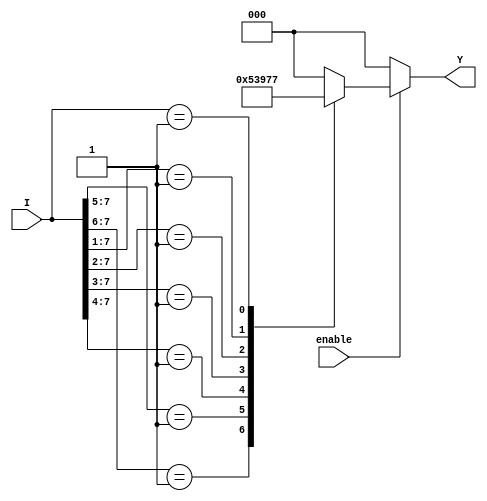
module encoder_8to3 (
    input wire [7:0] I,      // 8 input lines
    input wire enable,       // Enable signal
    output reg [2:0] Y      // 3-bit output
);
    
    always @* begin
        if (!enable) begin
            Y = 3'b000;      // If not enabled, output is 000
        end else begin
            casez (I)        // Casez allows for high impedance (Z) handling if necessary
                8'b1??????? : Y = 3'b000; // I[0]
                8'b01?????? : Y = 3'b001; // I[1]
                8'b001????? : Y = 3'b010; // I[2]
                8'b0001???? : Y = 3'b011; // I[3]
                8'b00001??? : Y = 3'b100; // I[4]
                8'b000001?? : Y = 3'b101; // I[5]
                8'b0000001? : Y = 3'b110; // I[6]
                8'b00000001 : Y = 3'b111; // I[7]
                default     : Y = 3'b000;  // If no input is active
            endcase
        end
    end

endmodule